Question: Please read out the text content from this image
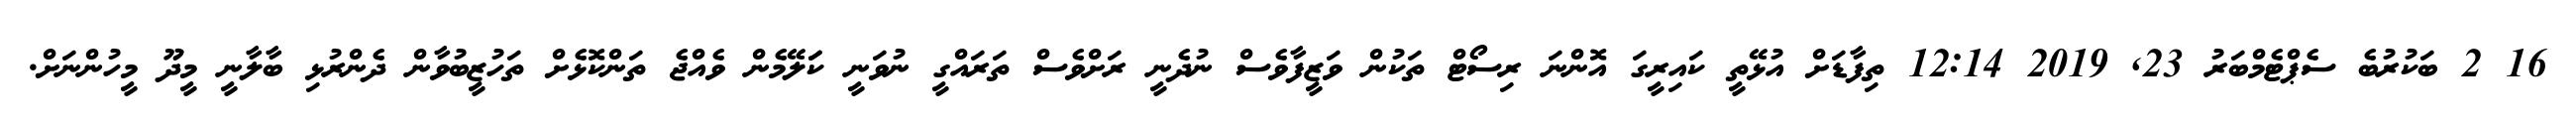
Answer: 16 2 ބަކުރުބެ ސެޕްޓެމްބަރު 23, 2019 12:14 ތިފާޑަށް އުޅޭތީ ކައިރީގަ އޮންނަ ރިސޯޓް ތަކުން ވަޒީފާވެސް ނުދެނީ ރަށްވެސް ތަރައްގީ ނުވަނީ ކަަލޭމެން ވެއްޖެ ތަންކޮޅެށް ތަހުޒީބުވާން ދެންރުޅި ބާލާނީ މީދޫ މީހުންނަށް.